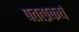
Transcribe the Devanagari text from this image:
पतत्प्रकर्ष